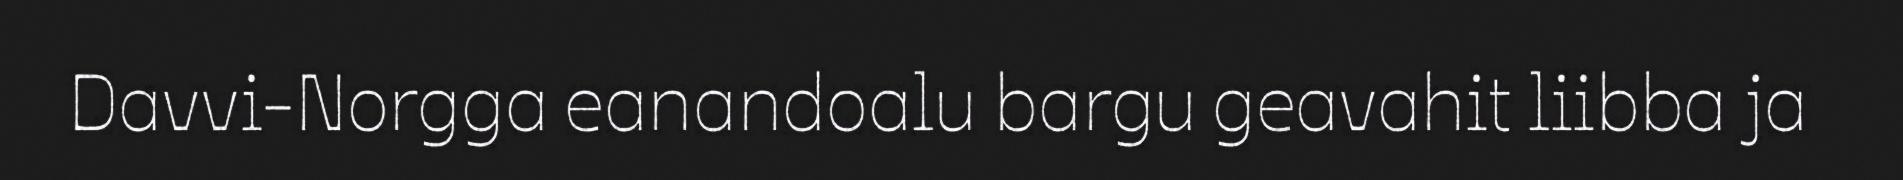
Davvi-Norgga eanandoalu bargu geavahit liibba ja